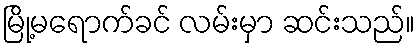
မြို့မရောက်ခင် လမ်းမှာ ဆင်းသည်။